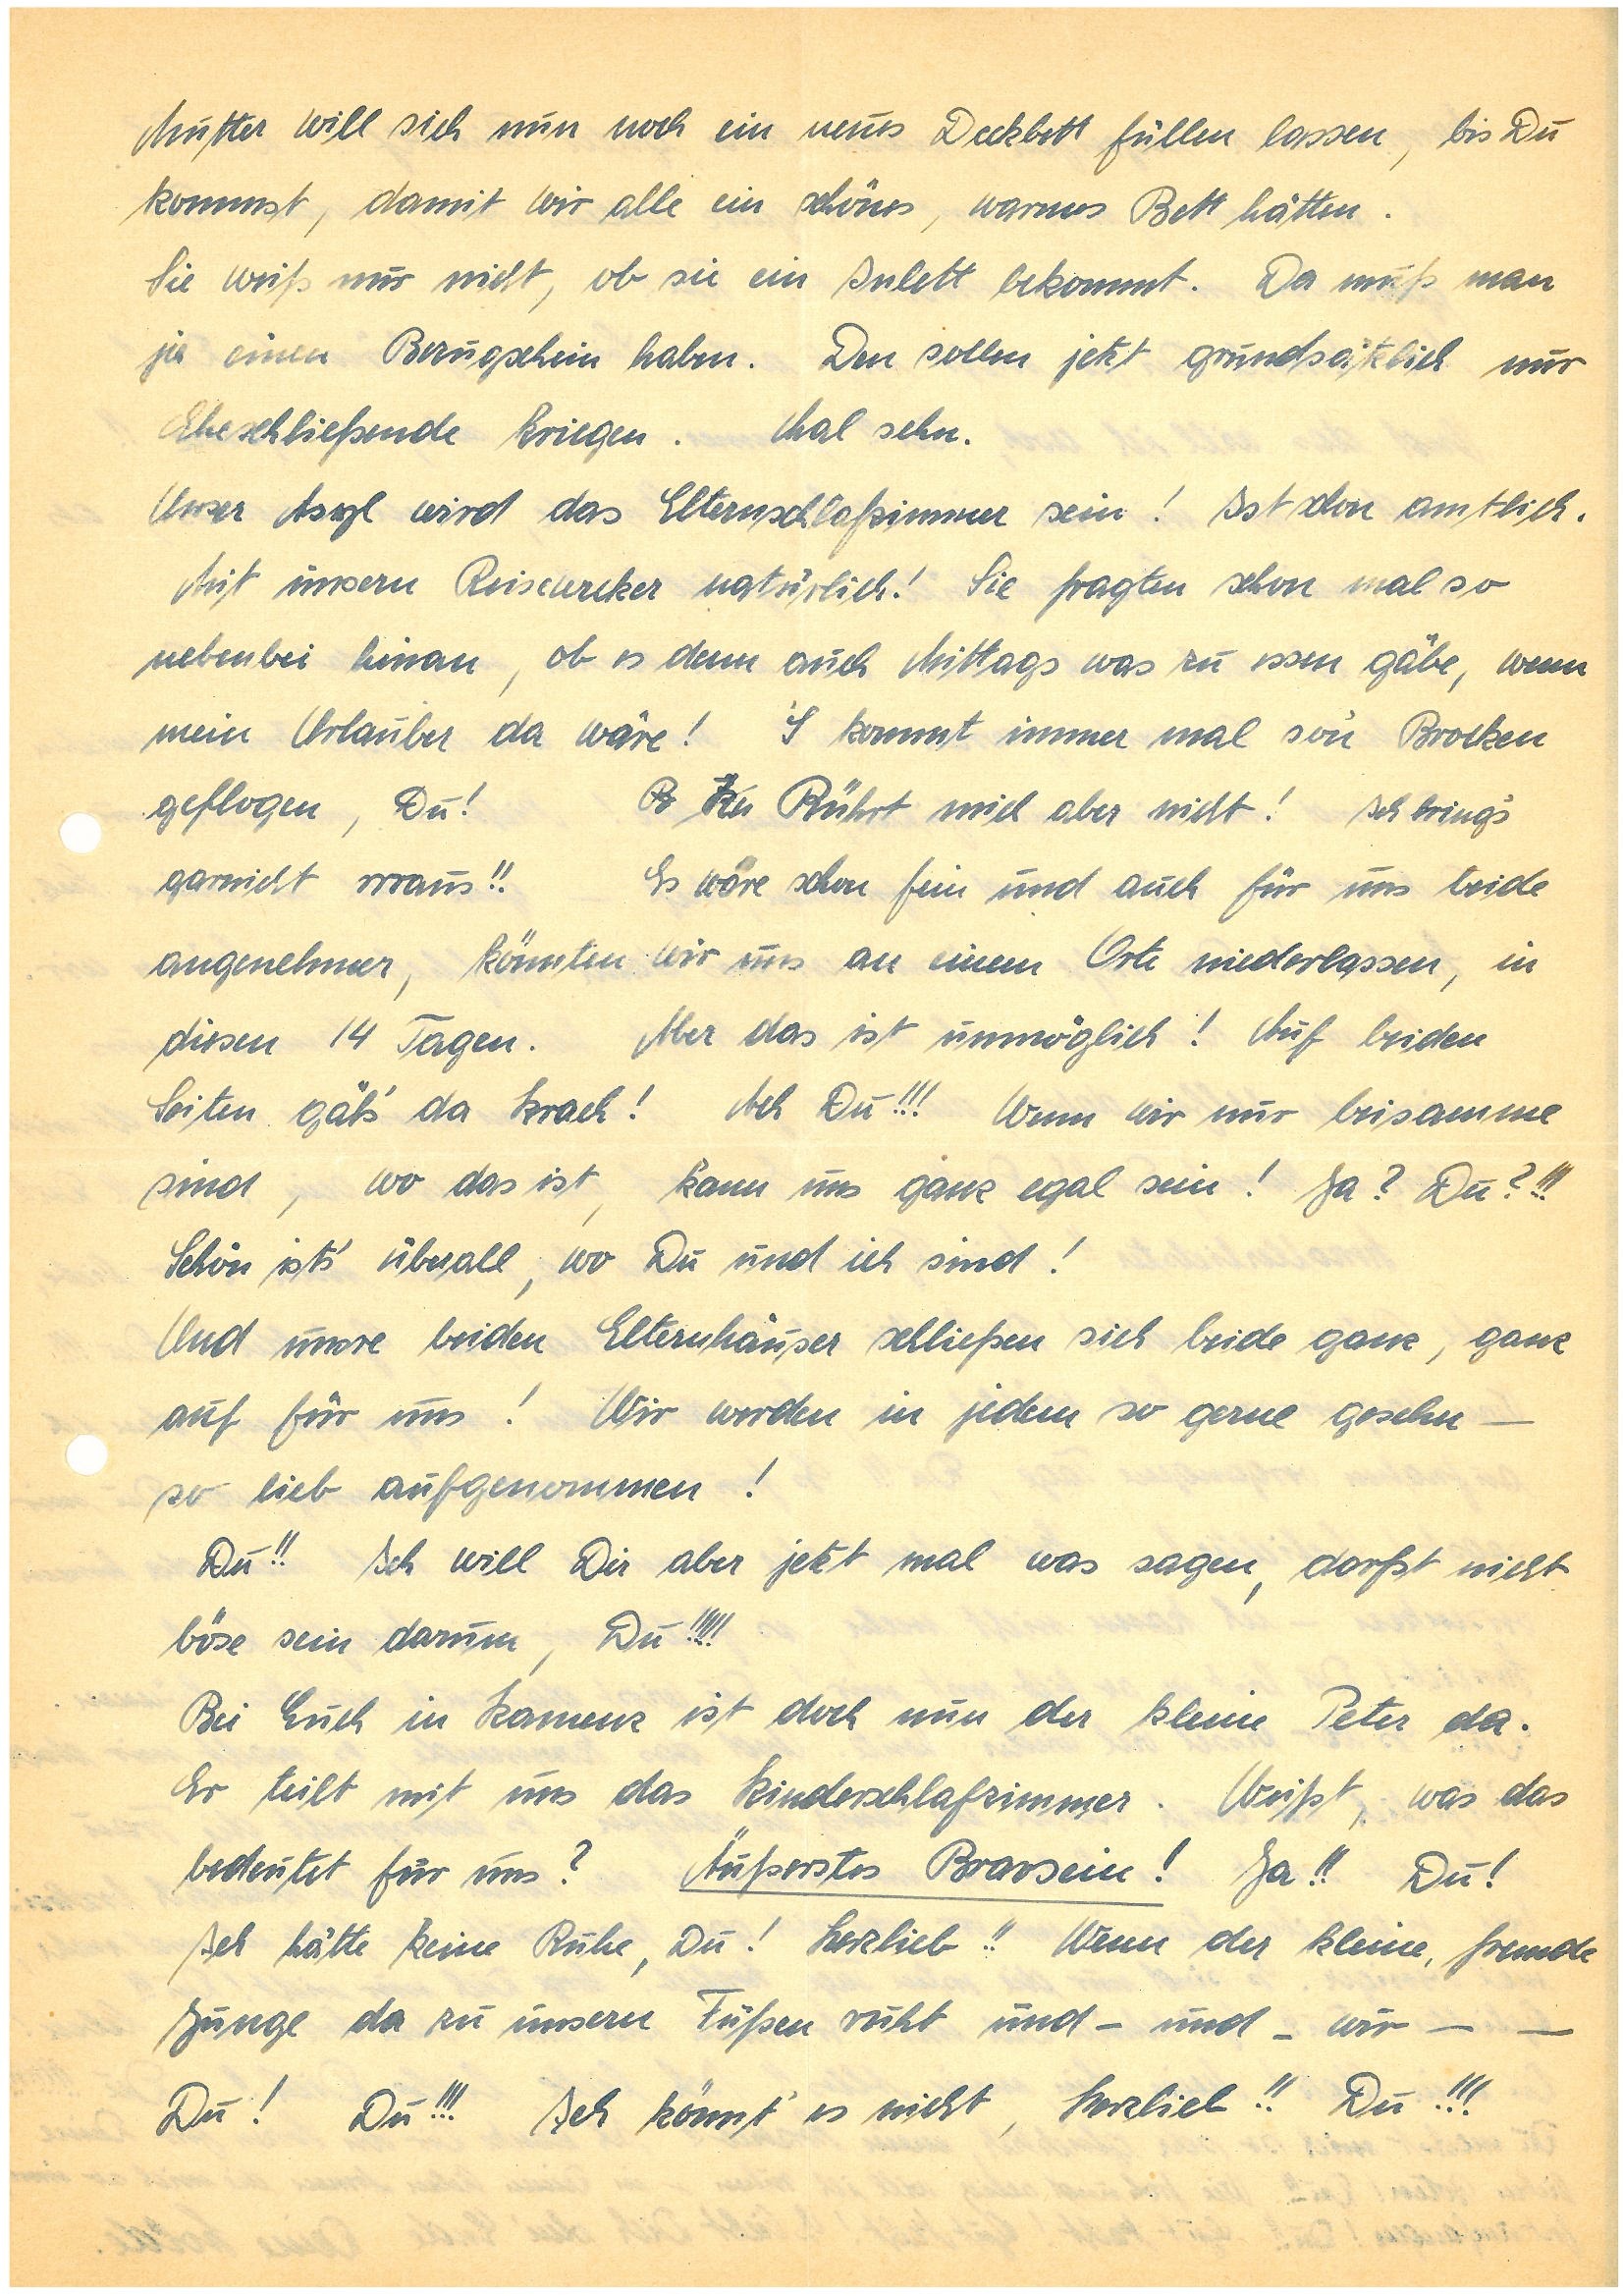
Mutter will sich nun noch ein neues Deckbett füllen lassen, bis Du
kommst, damit wir alle ein schönes, warmes Bett hätten.
Sie weiß nur nicht, ob sie ein Inlett bekommt. Da muss man
ja einen Bezugschein haben. Den sollen jetzt grundsätzlich nur
Eheschließende kriegen. Mal sehn.
Unser Asyl wird das Elternschlafzimmer sein! Ist schon amtlich.
Mit unsern Reisewecker natürlich! Sie fragten schon mal so
nebenbei hinan, ob es denn auch Mittags was zu essen gäbe, wenn
mein Urlauber da wäre!’S kommt immer mal so’n Brocken
geflogen, Du! RKu Rührt mich aber nicht! Ich bring’s
garnicht rrraus!! Es wäre schon fein und auch für uns beide
angenehmer, könnten wir uns an einem Orte niederlassen, in
diesen 14 Tagen. Aber das ist unmöglich! Auf beiden
Seiten gäb’s da Krach! Ach Du!!! Wenn wir nur beisamme
sind, wo das ist, kann uns ganz egal sein! Ja? Du?!!!
Schön ist’s überall, wo Du und ich sind!
Und unsre beiden Elternhäuser schließen sich beide ganz,
ganz auf für uns! Wir werden in jedem so gerne gesehn –
so lieb aufgenommen!
Du!! Ich will Dir aber jetzt mal was sagen, darfst nicht
böse sein darum, Du!!!!!
Bei Euch in K. ist doch nun der kleine Peter da.
Er teilt mit uns das Kinderschlafzimmer. Weißt, was das
bedeutet für uns? Äußerstes Bravsein! Ja!! Du!
Ich hätte keine Ruhe, Du! Herzlieb!! Wenn der kleine, fremde
Junge da zu unsern Füßen ruht und – und – wir – –
Du!! Du!!! Ich könnt’ es nicht, Herzlieb!! Du!!!